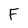
Character: F